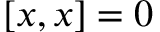
[ x , x ] = 0 \quad